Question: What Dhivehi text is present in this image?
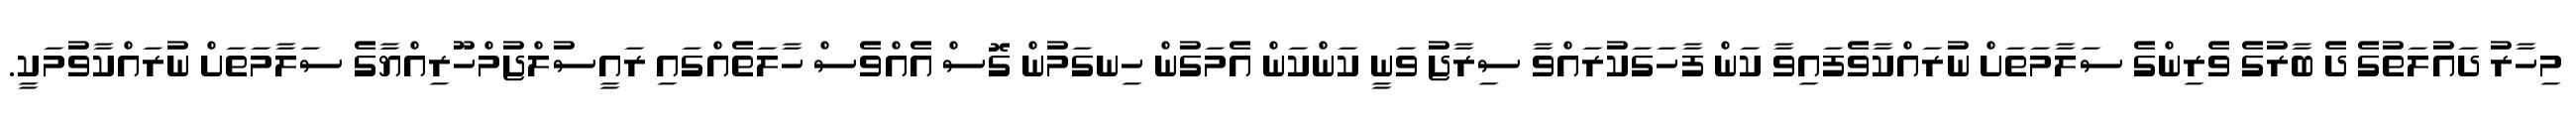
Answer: މިހާރު ދައުލަތުގެ ދެ ބާރުގެ ވެރިންގެ ސަލާމަތަށް ނުރައްކާވެފައިވާ ކަން ފާހަގަކުރައްވާ ސިރާޖު ވަނީ ކަންކަން އެމަގުން ހިނގަމުން ގޮސް އެއްވެސް ހާލަތެއްގައި ރައީސުލްޖުމްހޫރިއްޔާގެ ސަލާމަތަށް ނުރައްކާވުމަކީ.